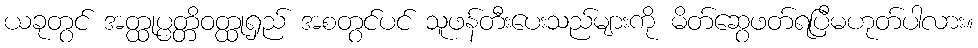
ယခုတွင် အတ္ထုပ္ပတ္တိဝတ္ထုရှည် အစတွင်ပင် သူဖန်တီးပေးသည်များကို မိတ်ဆွေဖတ်ရပြီမဟုတ်ပါလား။